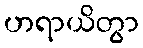
ဟရာယိတွာ